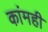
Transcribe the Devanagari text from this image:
कांमही